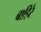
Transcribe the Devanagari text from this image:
बाहिरे